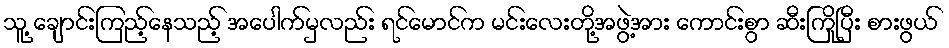
သူ့ ချောင်းကြည့်နေသည့် အပေါက်မှလည်း ရင်မောင်က မင်းလေးတို့အဖွဲ့အား ကောင်းစွာ ဆီးကြိုပြီး စားဖွယ်